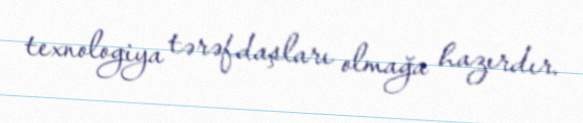
texnologiya tərəfdaşları olmağa hazırdır.